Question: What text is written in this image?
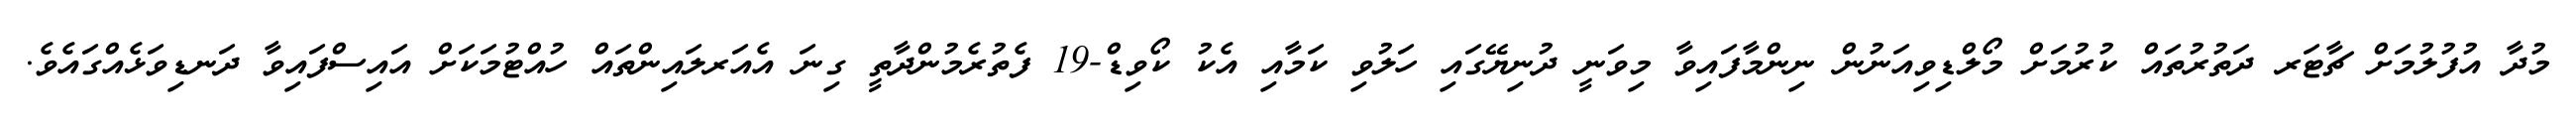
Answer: މުދާ އުފުލުމަށް ޗާޓަރ ދަތުރުތައް ކުރުމަށް މޯލްޑިވިއަނުން ނިންމާފައިވާ މިވަނީ ދުނިޔޭގައި ހަލުވި ކަމާއި އެކު ކޯވިޑް-19 ފެތުރެމުންދާތީ ގިނަ އެއަރލައިންތައް ހުއްޓުމަކަށް އައިސްފައިވާ ދަނޑިވަޅެއްގައެވެ.